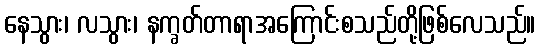
နေသွား၊ လသွား၊ နက္ခတ်တာရာအကြောင်းစသည်တို့ဖြစ်လေသည်။